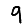
Digit: 9